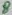
Text: 8